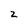
Character: z